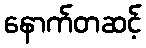
နောက်တဆင့်